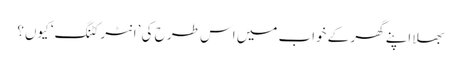
بھلا اپنے گھر کے خواب میں اس طر ح کی ’انٹر کٹنگ‘ کیوں؟